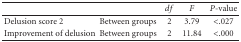
<table><thead><tr><td></td><td></td><td><b><i>df</i></b></td><td><b><i>F</i></b></td><td><b><i>P</i>-value</b></td></tr></thead><tbody><tr><td>Delusion score 2</td><td>Between groups</td><td>2</td><td>3.79</td><td>&lt;.027</td></tr><tr><td>Improvement of delusion</td><td>Between groups</td><td>2</td><td>11.84</td><td>&lt;.000</td></tr></tbody></table>